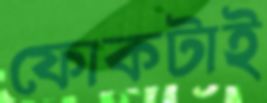
ফোকটাই